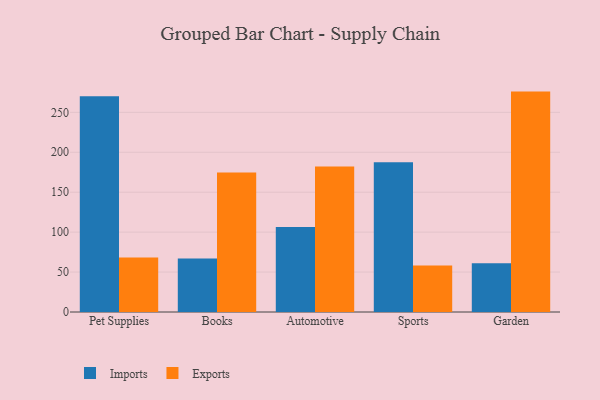
{"axis": {"x": "Category", "y": "Headcount"}, "legend": ["Exports", "Imports"], "data": [{"x": "Pet Supplies", "y": 270.1, "type": "Imports"}, {"x": "Pet Supplies", "y": 68.3, "type": "Exports"}, {"x": "Books", "y": 67.1, "type": "Imports"}, {"x": "Books", "y": 174.8, "type": "Exports"}, {"x": "Automotive", "y": 106.4, "type": "Imports"}, {"x": "Automotive", "y": 182.3, "type": "Exports"}, {"x": "Sports", "y": 187.5, "type": "Imports"}, {"x": "Sports", "y": 58.1, "type": "Exports"}, {"x": "Garden", "y": 61.0, "type": "Imports"}, {"x": "Garden", "y": 276.0, "type": "Exports"}]}